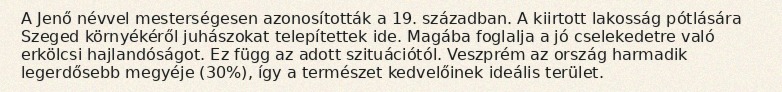
A Jenő névvel mesterségesen azonosították a 19. században. A kiirtott lakosság pótlására Szeged környékéről juhászokat telepítettek ide. Magába foglalja a jó cselekedetre való erkölcsi hajlandóságot. Ez függ az adott szituációtól. Veszprém az ország harmadik legerdősebb megyéje (30%), így a természet kedvelőinek ideális terület.